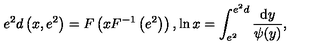
e ^ { 2 } d \left( x , e ^ { 2 } \right) = F \left( x F ^ { - 1 } \left( e ^ { 2 } \right) \right) , \ln x = \int _ { e ^ { 2 } } ^ { e ^ { 2 } d } \frac { \mathrm { d } y } { \psi ( y ) } ,